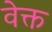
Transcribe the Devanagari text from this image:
वेक्त